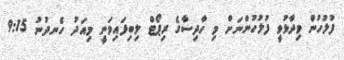
ފުލުހުން ވިދާޅުވީ ފުލުހުންނަށް މި ހާދިސާގެ ރިޕޯޓް ލިބިފައިވަނީ މިއަދު ހެނދުނު 9:15